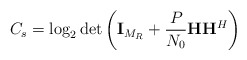
\begin{align*}C_s = \log_2 \det\left(\mathbf{I}_{M_R} + \frac{P}{N_0} \mathbf{H}\mathbf{H}^{H}\right)\end{align*}